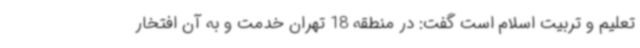
تعلیم و تربیت اسلام است گفت: در منطقه 18 تهران خدمت و به آن افتخار